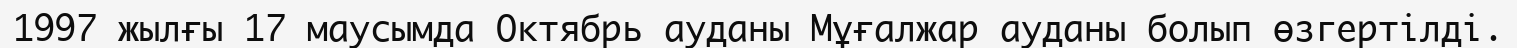
1997 жылғы 17 маусымда Октябрь ауданы Мұғалжар ауданы болып өзгертілді.